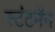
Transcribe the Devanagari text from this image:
स्टंटमॅन